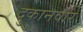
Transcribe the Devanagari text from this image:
दुकानवार